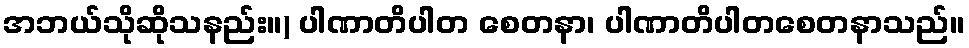
အဘယ်သိုဆိုသနည်း။) ပါဏာတိပါတ စေတနာ၊ ပါဏာတိပါတစေတနာသည်။